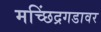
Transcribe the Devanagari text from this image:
मच्छिंद्रगडावर